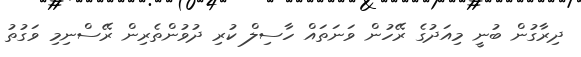
ދިރާގުން ބުނީ މިއަދުގެ ރޭހުން ވަނަތައް ހާސިލް ކުރި ދުވުންތެރިން ރޭސްނިމި ވަގުތު